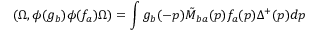
( \Omega , \phi ( g _ { b } ) \phi ( f _ { a } ) \Omega ) = \int g _ { b } ( - p ) \tilde { M } _ { b a } ( p ) f _ { a } ( p ) \Delta ^ { + } ( p ) d p